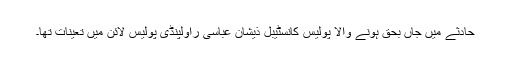
حادثے میں جاں بحق ہونے والا پولیس کانسٹیبل ذیشان عباسی راولپنڈی پولیس لائن میں تعینات تھا۔